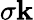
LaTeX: \sigma\mathbf{k}